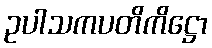
ဥပါသကပတိကိဋ္ဌော